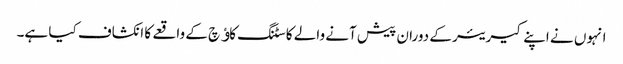
انہوں نے اپنے کیریئر کے دوران پیش آنے والے کاسٹنگ کاﺅچ کے واقعے کا انکشاف کیا ہے۔